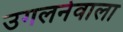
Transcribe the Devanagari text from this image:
उगलनेवाला